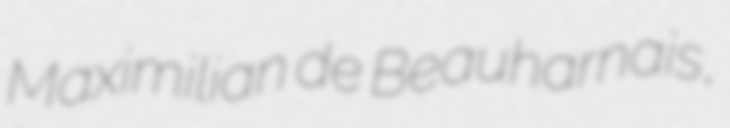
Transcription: Maximilian de Beauharnais,